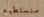
سنستطيع